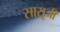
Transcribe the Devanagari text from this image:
सासूजी